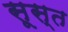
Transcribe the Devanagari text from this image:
सूस्त